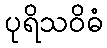
ပုရိသဝိဓံ